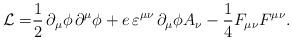
LaTeX: \begin{align*}\mathcal{L=}\frac{1}{2}\,\partial _{\mu }\phi \,\partial ^{\mu }\phi+e\,\varepsilon ^{\mu \nu }\,\partial _{\mu }\phi A_{\nu }-\frac{1}{4}F_{\mu \nu}F^{\mu \nu }. \end{align*}